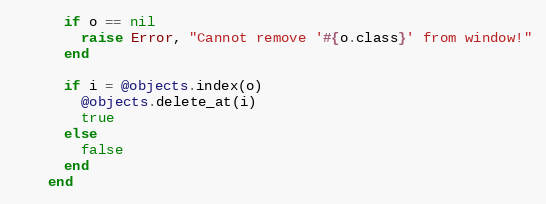
Language: Ruby
      if o == nil
        raise Error, "Cannot remove '#{o.class}' from window!"
      end

      if i = @objects.index(o)
        @objects.delete_at(i)
        true
      else
        false
      end
    end